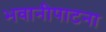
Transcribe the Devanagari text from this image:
भवानीपाटना